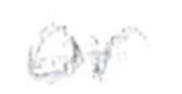
Text: or
Cross-out: single-line
Writing tool: pencil